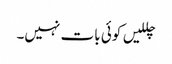
چللیں کوئی بات نہیں۔